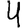
Digit: 4